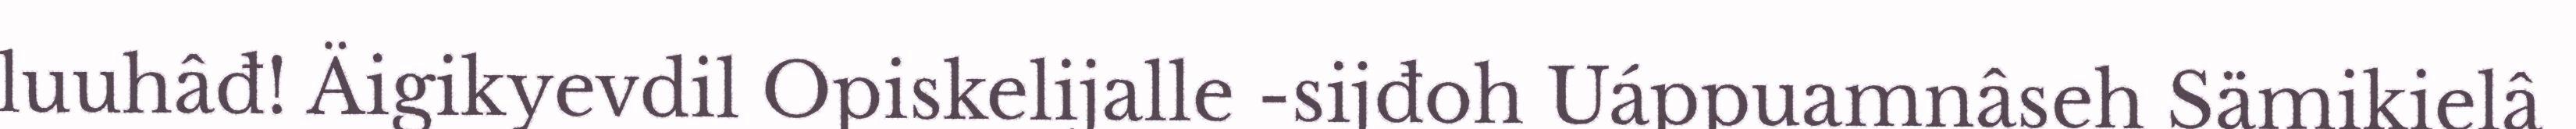
luuhâđ! Äigikyevdil Opiskelijalle -sijđoh Uáppuamnâseh Sämikielâ